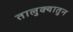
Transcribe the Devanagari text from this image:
तालुक्यातुन